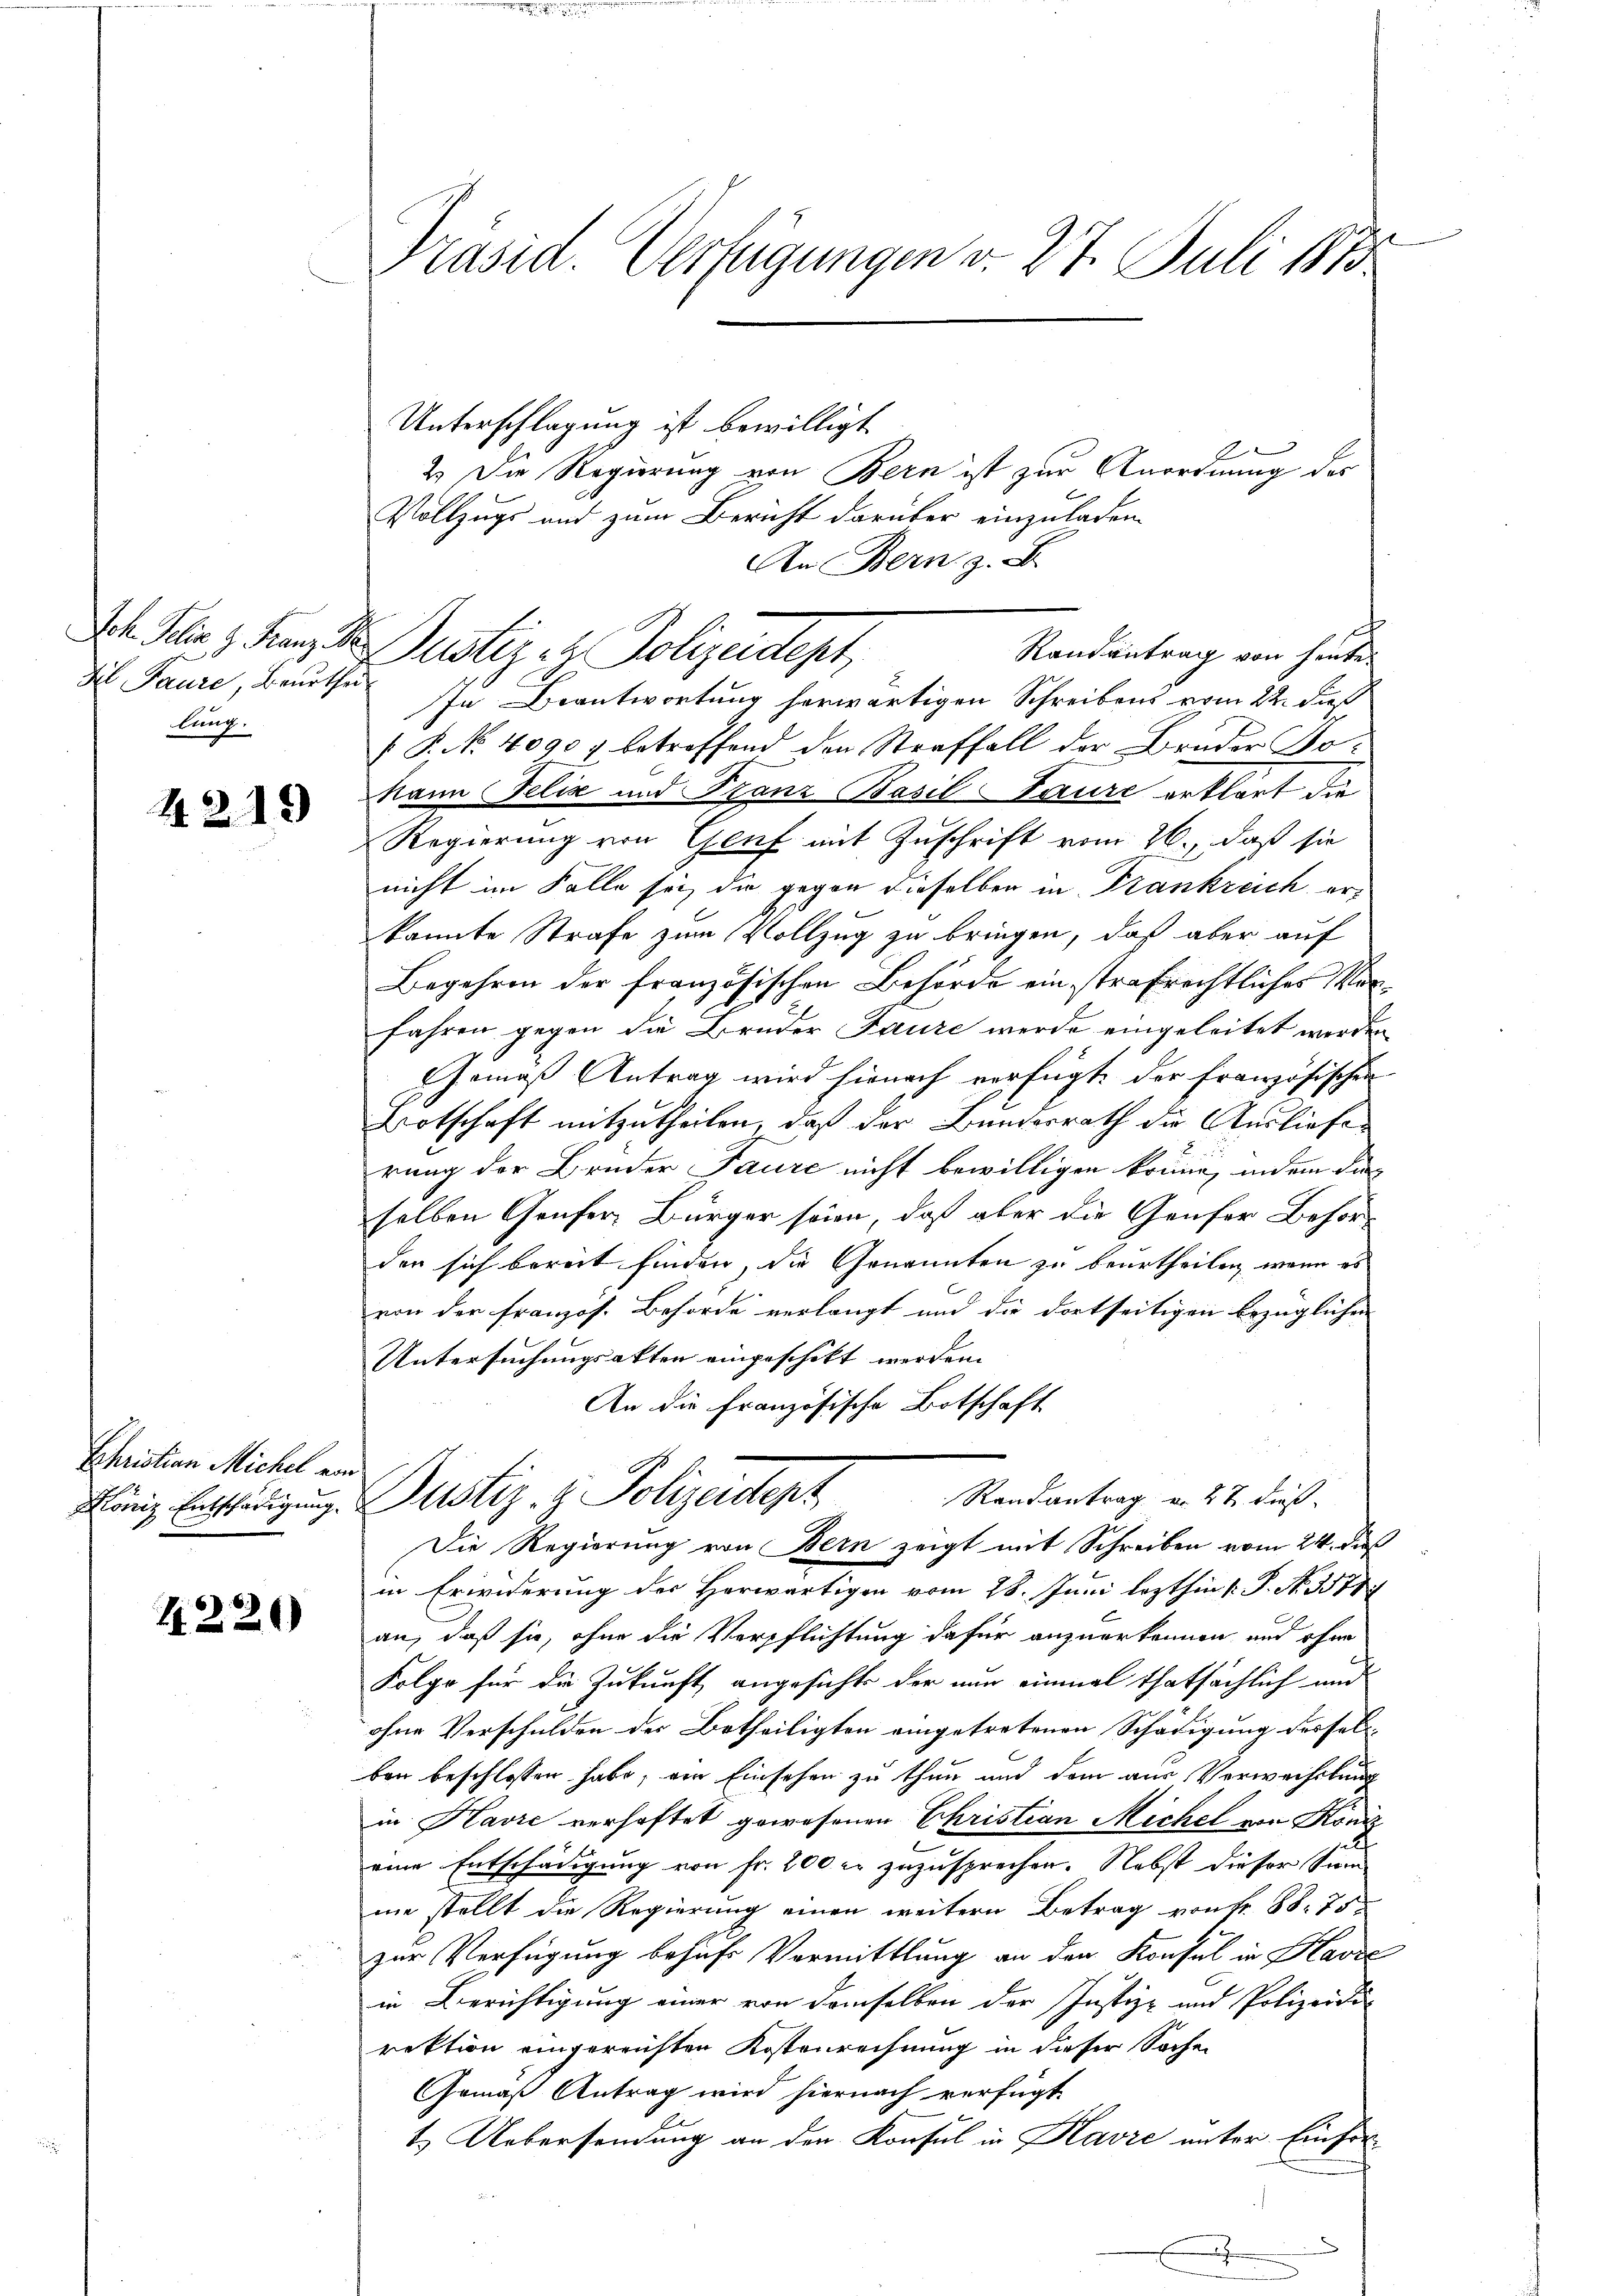
di Paure, Beurthei
lung.

4.2.19

Schristian Michel von

1220)

Präsid. Verfügungen v. 27. Juli 1873.

dh Selin 3 Franz d. Justiz- & Polizeidept,

Unterschlagung ist bewilligt
2
2.) Die Regierung von Bern ist zur Anordnung des
Vollzugs und zum Bericht darüber einzuladen
An Bern z. B.
Randantrag von heute
In Beantwortung herwärtigen Schreibens vom 22. dieß
 P. No. 4090 u. betreffend den Straffall der Bruder Bo-
Mann Felix und Franz Basil aure erklärt die
Regierung von Genf mit Zuschrift vom 26., daß sie
nicht im Falle sei, die gegen dieselben in Frankreich erkannte Strafe zum Vollzug zu bringen, daß aber auf
Begehren der französischen Behörde ein strafrechtliches Vorfahren gegen die Bruder Laure werde eingeleitet werden
Gemäß Antrag wird hienach verfügt der französischen
Botschaft mitzutheilen, daß der Bunderrath die Ausliefer
rung der Bruder Taure nicht bewilligen könne, indem die
selben Genfer, Bürger seien, daß aber die Genfer Behörden sich bereit finden, die Genannten zu beurtheilen, wenn es
von der Französ. Behörde verlangt und die dortseitigen bezüglichen
Untersuchungsakten eingeschikt werden. |
An die französische Botschaft
Randantrag v. 27. dieß.
Röniz Entschädigung. Justiz- & Polizeidept
Die Regierung von Bern zeigt mit Schreiben vom 24. dieß
in Erwiderung des Herwärtigen vom 28. Juni lezthin 1. P. N. 3578
an, daß sie, ohne die Verpflichtung dafür anzuerkennen und ohne
Folge für die Zukunft angesichte der nun einmal thatsächlich und
ohne Verschulden der Betheiligten eingetretenen Schädigung desselben beschlossen habe, am Einsehen zu thun und dem aus Verwechslung
in Havre verhaftet gewesenen Christian Michel von König
eine Entschädigung von fr. 200 er zuzusprechen. Nebst dieser Sum
me stellt die Regierung einen weitern Betrag von Fr. 88. 75
zur Verfügung behufs Vormittlung an den Konsul in Harde
in Berichtigung einer von demselben der Justiz- und Polizeidi
rektion eingereichten Kostenrechnung in dieser Sachen
Gemäß Antrag wird hiernach verfügt:
t. Uebersendung an den Konsul in Klavić unter Einfor¬